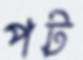
পট